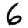
Digit: 6